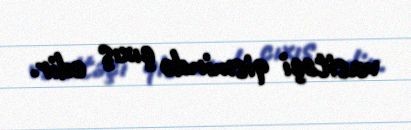
vasitəçi qismində çıxış edir.